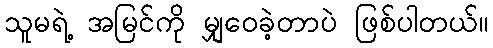
သူမရဲ့ အမြင်ကို မျှဝေခဲ့တာပဲ ဖြစ်ပါတယ်။